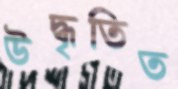
উদ্ধৃতিত